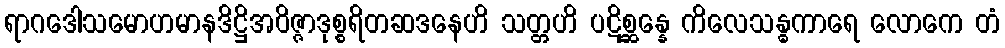
ရာဂဒေါသမောဟမာနဒိဋ္ဌိအဝိဇ္ဇာဒုစ္စရိတဆဒနေဟိ သတ္တဟိ ပဋိစ္ဆန္နေ ကိလေသန္ဓကာရေ လောကေ တံ